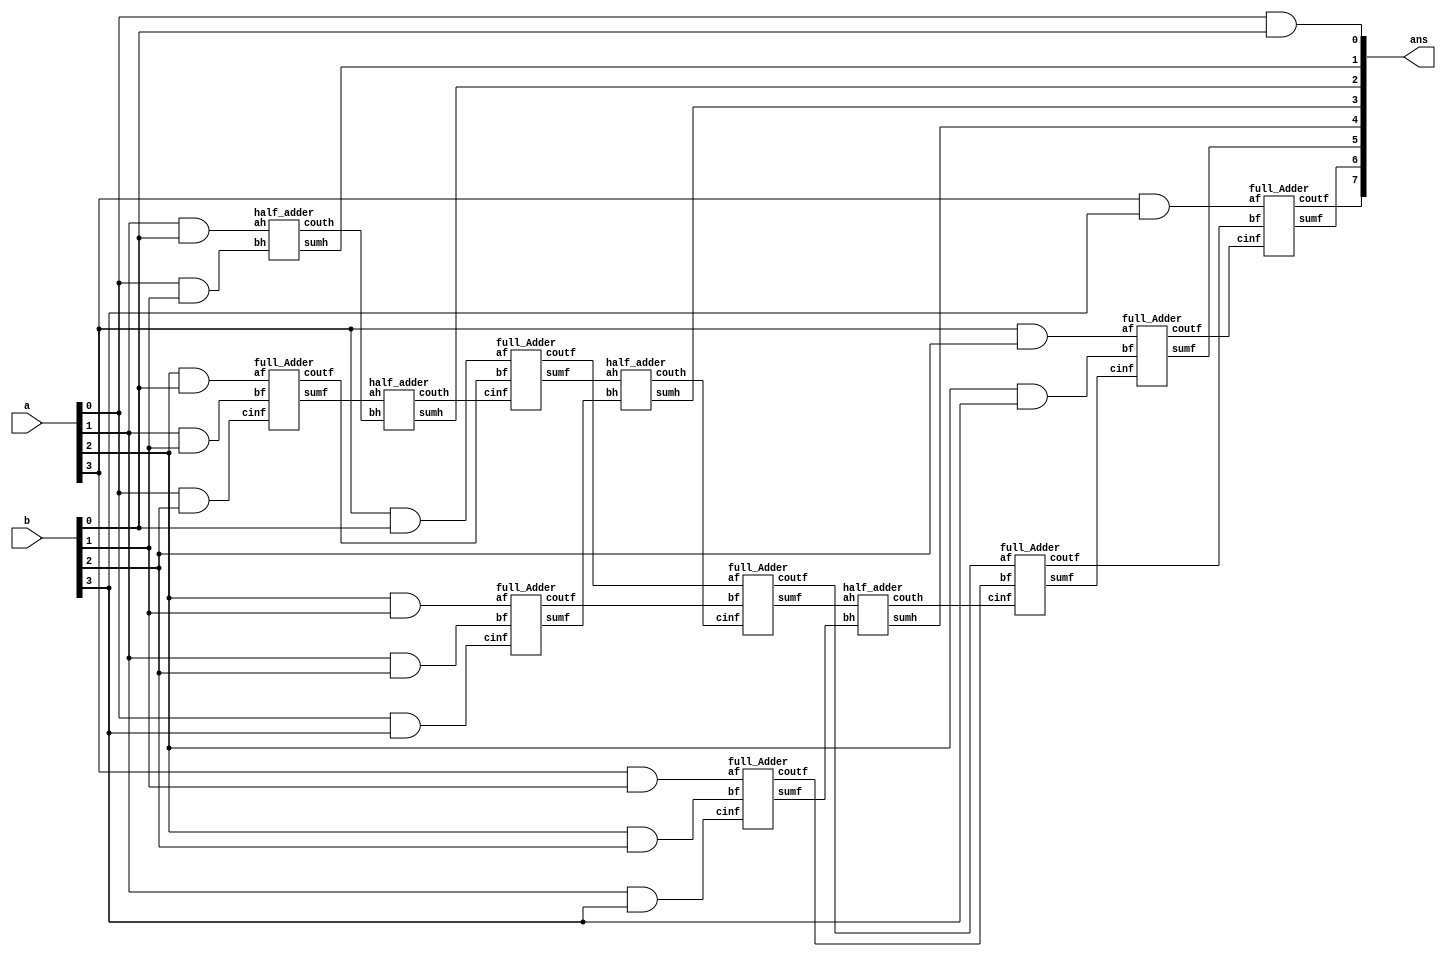
`timescale 1ns / 1ps
//////////////////////////////////////////////////////////////////////////////////
// Company: 
// Engineer: 
// 
// Design Name: 
// Module Name: top_Multiplyer_4bit
// Project Name: 
// Target Devices: 
// Tool Versions: 
// Description: 
// 
// Dependencies: 
// 
// Revision:
// Revision 0.01 - File Created
// Additional Comments:
// 
//////////////////////////////////////////////////////////////////////////////////


module top_Multiplyer_4bit(a,b,ans);
//input output of multiplyer
input [3:0]a, b;
output [7:0]ans;

wire c1, c2, c3, c4, c5, c6, c7, c8, c9, c10, c11, c12, c13;
wire f1,f2,f3,f4,f5,f6,f7,f8,f9,f10,f11,f12,f13,f14,f15;
wire s1, s2, s3, s4, s5, s6;

//multiplication using adders and gate
and(ans[0], a[0], b[0]); 
and(f1, a[1], b[0]);
and(f2, a[0], b[1]);
half_adder A1(f1, f2, ans[1], c1);
and(f3, a[2], b[0]);
and(f4, a[1], b[1]);
and(f5, a[0], b[2]);
full_Adder A2(f3, f4, f5, s1, c2);
half_adder A3(s1, c1, ans[2], c3);
and(f6, a[3], b[0]);
full_Adder A4(f6, c2, c3, s2, c4);
and(f7, a[2], b[1]);
and(f8, a[1],b[2]);
and(f9, a[0], b[3]);
full_Adder A5(f7, f8, f9, s3, c5);
half_adder A6(s2, s3, ans[3], c6);
full_Adder A7(c4, c5, c6, s4, c7);
and(f10, a[3], b[1]);
and(f11, a[2],b[2]);
and(f12, a[1], b[3]);
full_Adder A8(f10, f11, f12, s5, c8);
half_adder A9(s4, s5, ans[4], c9);
full_Adder A10(c7, c8, c9, s6, c10);
and(f13, a[3], b[2]);
and(f14, a[2], b[3]);
full_Adder A11(f13, f14, s6, ans[5], c11);
and(f15, a[3], b[3]);
full_Adder A12(f15, c10, c11, ans[6], ans[7]);
endmodule

// full adder module using half adder
module full_Adder(af, bf, cinf, sumf, coutf);
input af, bf, cinf;
output sumf, coutf;
wire sum1,cout1,cout2,f;

half_adder FA1(af,bf,sum1,cout1);
half_adder FA2(sum1,cinf,sumf,cout2);
or(coutf, cout1, cout2);
endmodule


//half adder module
module half_adder(ah, bh, sumh, couth);
input ah, bh;
output sumh, couth;

xor(sumh, ah, bh);
and(couth, ah, bh);
endmodule